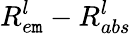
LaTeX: R_{e\mathtt{m}}^{l}-R_{abs}^{l}